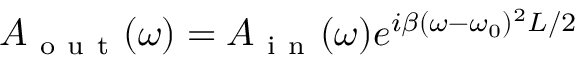
A _ { \mathrm { ~ o ~ u ~ t ~ } } ( \omega ) = A _ { \mathrm { ~ i ~ n ~ } } ( \omega ) e ^ { i \beta ( \omega - \omega _ { 0 } ) ^ { 2 } L / 2 }